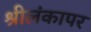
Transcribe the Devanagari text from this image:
श्रीलंकापर